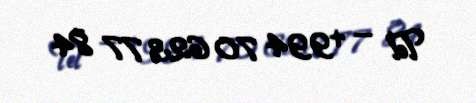
Tel — +994 70 623 77 84